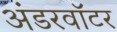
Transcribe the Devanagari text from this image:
अंडरवॉटर